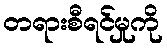
တရားစီရင်မှုကို